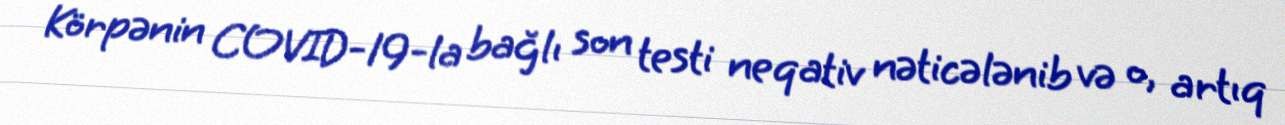
Körpənin COVID-19-la bağlı son testi neqativ nəticələnib və o, artıq